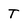
Character: T